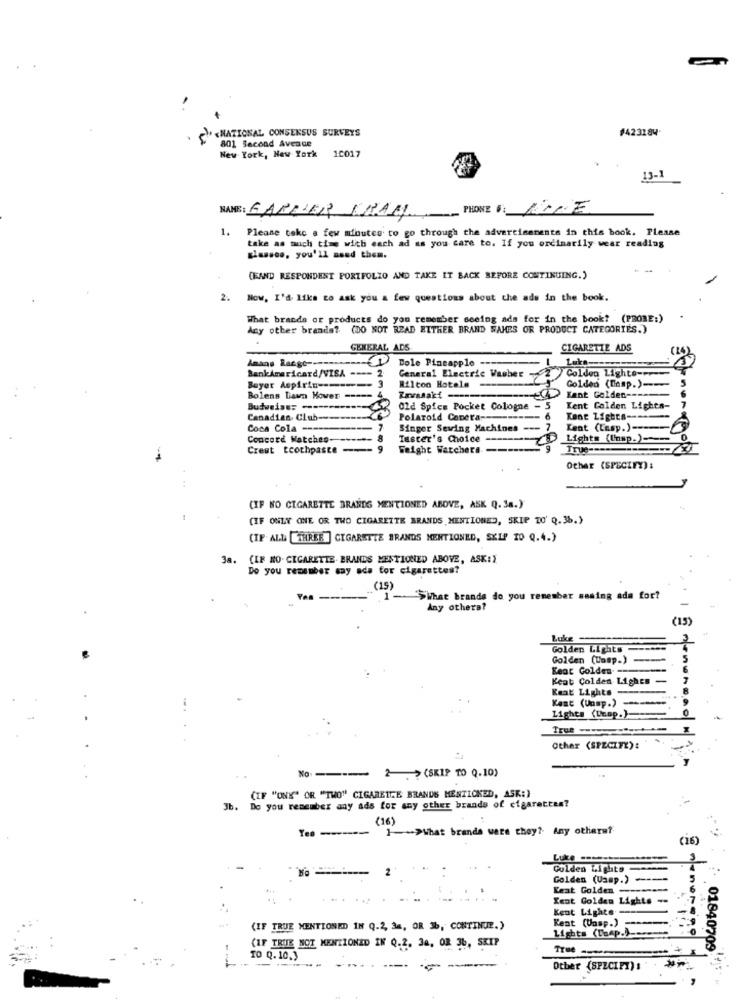
«NATIONAL CONSENSUS SURVEYS
#423184
801 Second Avenue
New York, New York 10017
13-1
NAME: GARNIER FRAN
PHONE : THE
1.
Please take a few minutes to go through the advertisements in this book. Please
take as much time with each ad as you care to. If you ordinarily wear reading
glassce, you'll need them.
(FAND RESPONDEST PORTFOLIO AND TAKE IT BACK BEFORE CONTINUING.)
2. Now, I'd like to ask you & few questions about the ads in the book.
What brande or products do you remember seeing ads for in the book? (PROBE:)
Any other brands? (DO NOT READ EITHER BRAND WAKES OR PRODUCT CATEGORIES.)
GENERAL ADS
CIGARETTE ADS
Amans Racgo ------
Bole Pineapple ----
Luka-
BankAmericard/VISA ---
Colden Lighte-++
General Electric Vasher
Bayer Aspirin ---
Rilcon Hotels
Golden (Camp.) ----
Bolens Lawn Hover -----
Kant Golden ---
Old Spice Pocket Cologne
Kent Golden Lights-
Canadian Club ----
Polaroid Camera --
Kone Lights ----
Coca Cola ---
Singer Sewing Machines
Kent (Lesp.) ----
Concord Watches-
-
Taster's Choice ------
Lights (Unsp.)-
Crest toothpaste
---
Weight Watchers ------
Tru
Other (SPECIFY) :
(IF NO CIGARETTE BRANDS MENTIONED ABOVE, ASK Q. 38.)
(IF ONLY ONE OR TWO CIGARETTE BRANDS MENTIONED, SKIP TO' Q.36.)
(IF. ALL THREE ] CIGARETTE BRANDS MENTIONED, SKIP 10 Q.4.)
3a.
(IF NO. CIGARETTE- BRANDS MENTIONED ABOVE, ASK:X
Do you remember say ade for cigarettes?
(15)
1->What brands do you remember sasing ada for?
Any othera?
(15)
Golden Lights ====
Golden (Unsp.)
Keat Golden --
Keat Colden Lighes -
Keat Lights -
Kent (Unsp.)
Lights (Unep.)
Other (SPECIFY) :
No :-
2 -. > (SKIP TO 0.10)
(IF "ONE" OR "TWO" CIGARETTE BRANDS MESTICKBD, ASK:)
3b. Do you remember any ads for any other brands of cigarettes?
(16)
1++>What brands ware they ?. Any otherat
(16)
2
Gulden Lights
Golden (Uasp.) ----
Leat Golden
Kent Golden Lights --
Kent Lighte
Kent (Unsp.)
----
(IF TRUE MENTIONED IN Q.2, 34, OR 3b, CONTINUE.)
Lights (Cap.)-
(IF TRUE NOT MENTIONED IN Q.2. 34, OR 36, SKIP
True
TO Q. 10.3
: 01840709
--
.--- --
Other (SPECIFY) :